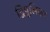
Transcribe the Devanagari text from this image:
द्विपूलिका